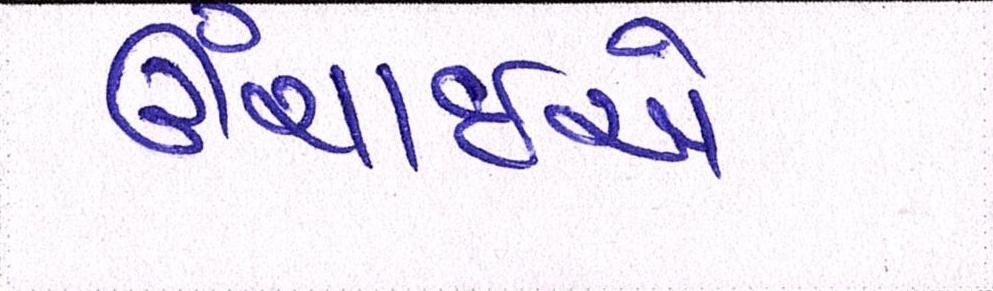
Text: ઉંચાઈએ